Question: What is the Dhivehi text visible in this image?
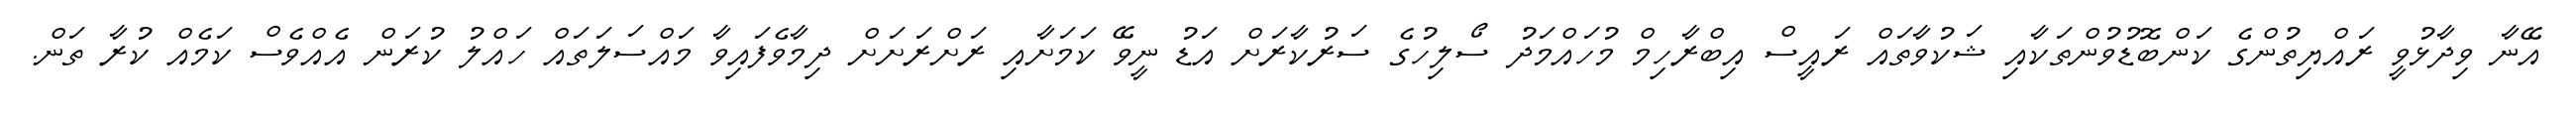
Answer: އޭނާ ވިދާޅުވީ ރައްޔިތުންގެ ކަންބޮޑުވުންތަކާއި ޝަކުވާތައް ރައީސް އިބްރާހިމް މުހައްމަދު ސޯލިހުގެ ސަރުކާރަށް އަޑު ނީވޭ ކަމަށާއި ރަށްރަށަށް ދިމާވެފައިވާ މައްސަލަތައް ހައްލު ކުރަން އެއްވެސް ކަމެއް ކުރާ ތަން.